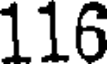
116